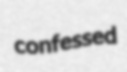
confessed